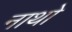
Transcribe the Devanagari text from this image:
नाथो